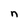
Character: n